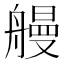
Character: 𫇞